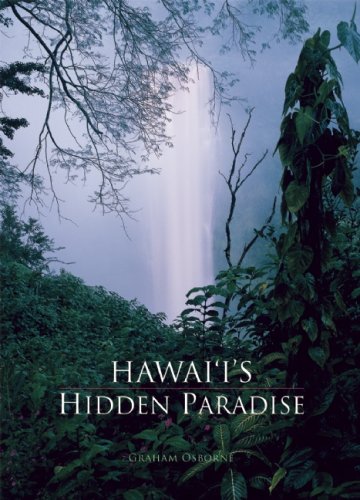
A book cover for Hawaii's Hidden Paradise; Travel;